Vaccine operations Central Provinces 1868-1885 - 1868-1885
Year: 1868
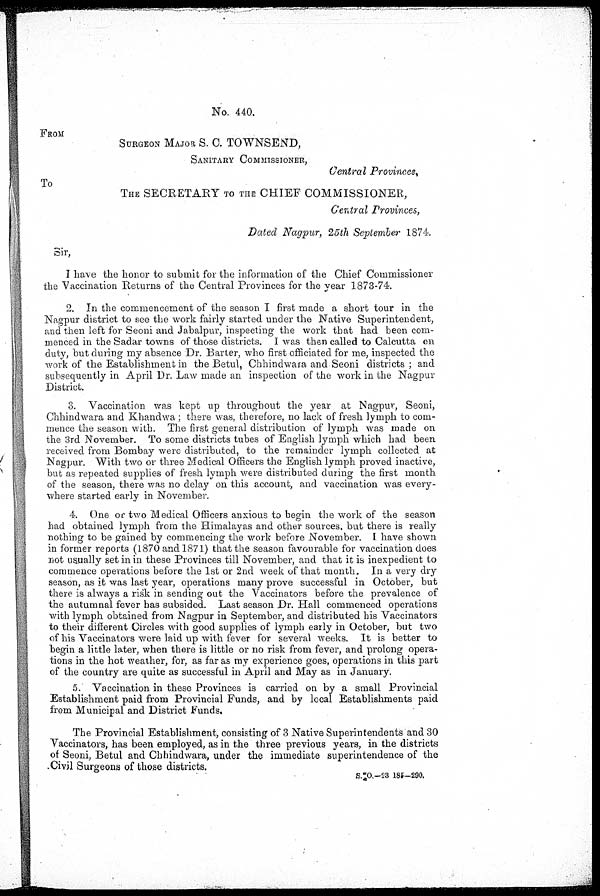
No. 440.
FROM
SURGEON MAJOR S. C. TOWNSEND,
SANITARY COMMISSIONER,
Central Provinces,
To
THE SECRETARY TO THE CHIEF COMMISSIONER,
Central Provinces,
Dated Nagpur, 25th September 1874.
Sir,
I have the honor to submit for the information of the Chief Commissioner
the Vaccination Returns of the Central Provinces for the year 1873-74.
2. In the commencement of the season I first made a short tour in the
Nagpur district to see the work fairly started under the Native Superintendent,
and then left for Seoni and Jabalpur, inspecting the work that had been com-
menced in the Sadar towns of those districts. I was then called to Calcutta on
duty, but during my absence Dr. Barter, who first officiated for me, inspected the
work of the Establishment in the Betul, Chhindwara and Seoni districts ; and
subsequently in April Dr. Law made an inspection of the work in the Nagpur
District.
3. Vaccination was kept up throughout the year at Nagpur, Seoni,
Chhindwara and Khandwa; there was, therefore, no lack of fresh lymph to com-
mence the season with. The first general distribution of lymph was made on
the 3rd November. To some districts tubes of English lymph which had been
received from Bombay were distributed, to the remainder lymph collected at
Nagpur. With two or three Medical Officers the English lymph proved inactive,
but as repeated supplies of fresh lymph were distributed during the first month
of the season, there was no delay on this account, and vaccination was every-
where started early in November.
4. One or two Medical Officers anxious to begin the work of the season
had obtained lymph from the Himalayas and other sources but there is really
nothing to be gained by commencing the work before November. I have shown
in former reports (1870 and 1871) that the season favourable for vaccination does
not usually set in in these Provinces till November, and that it is inexpedient to
commence operations before the 1st or 2nd week of that month. In a very dry
season, as it was last year, operations many prove successful in October, but
there is always a risk in sending out the Vaccinators before the prevalence of
the autumnal fever has subsided. Last season Dr. Hall commenced operations
with lymph obtained from Nagpur in September, and distributed his Vaccinators
to their different Circles with good supplies of lymph early in October, but two
of his Vaccinators were laid up with fever for several weeks. It is better to
begin a little later, when there is little or no risk from fever, and prolong opera-
tions in the hot weather, for, as far as my experience goes, operations in this part
of the country are quite as successful in April and May as in January.
5. Vaccination in these Provinces is carried on by a small Provincial
Establishment paid from Provincial Funds, and by local Establishments paid
from Municipal and District Funds.
The Provincial Establishment, consisting of 3 Native Superintendents and 30
Vaccinators, has been employed, as in the three previous years, in the districts
of Seoni, Betul and Chhindwara, under the immediate superintendence of the
Civil Surgeons of those districts.
S.10.—23 185—290.